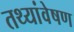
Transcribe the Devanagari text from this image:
तथ्यांवेषण